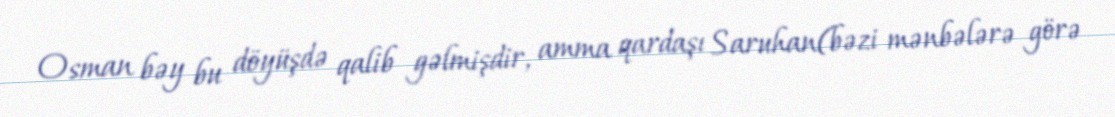
Osman bəy bu döyüşdə qalib gəlmişdir, amma qardaşı Saruhan(bəzi mənbələrə görə